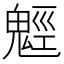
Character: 𩳍